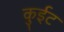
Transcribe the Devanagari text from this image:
कुईट